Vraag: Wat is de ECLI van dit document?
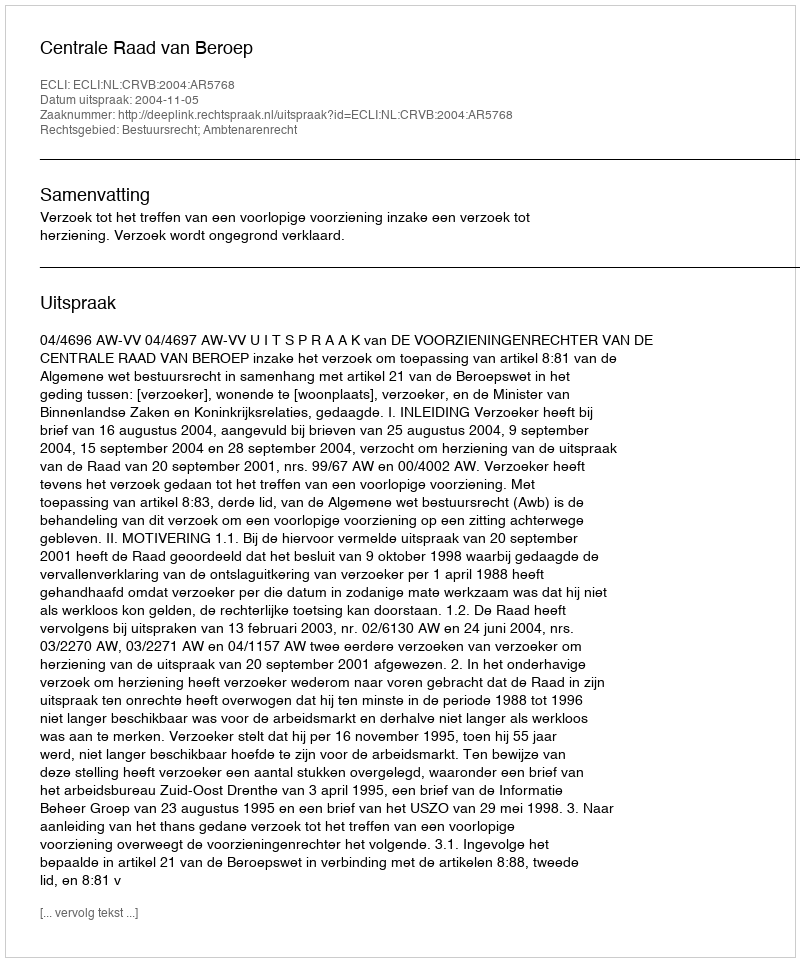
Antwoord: ECLI:NL:CRVB:2004:AR5768